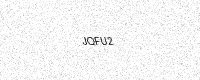
Text: JQFU2